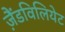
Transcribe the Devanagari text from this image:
ज़ैंडविलियेट